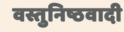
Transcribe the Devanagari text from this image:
वस्तुनिष्ठवादी